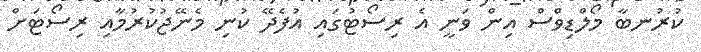
ކުރުނބާ މޯލްޑިވްސް އިން ވަނީ އެ ރިސޯޓުގައި އުފެދޭ ކުނި މެނޭޖުކުރުމާއި ރިސޯޓަށް